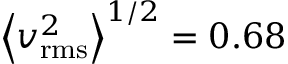
\left\langle v _ { \mathrm { r m s } } ^ { 2 } \right\rangle ^ { 1 / 2 } = 0 . 6 8